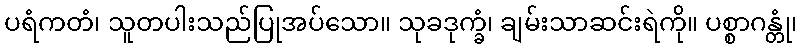
ပရံကတံ၊ သူတပါးသည်ပြုအပ်သော။ သုခဒုက္ခံ၊ ချမ်းသာဆင်းရဲကို။ ပစ္စာဂန္တုံ၊